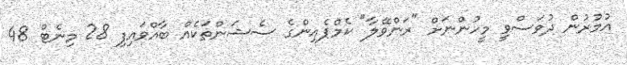
އުމުރުން ދުވަސްވީ މީހުންނަށް "ރަންވޭލާ" ކެމްޕެއިންގެ ސެޝަންތަކެއް ބާއްވައިފި 28 މިނެޓް 48